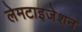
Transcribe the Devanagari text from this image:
लेमटाइजेशन